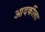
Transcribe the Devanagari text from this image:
आदर्कीला